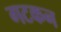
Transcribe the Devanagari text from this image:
गटकन